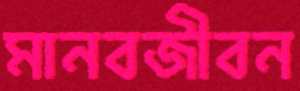
মানবজীবন